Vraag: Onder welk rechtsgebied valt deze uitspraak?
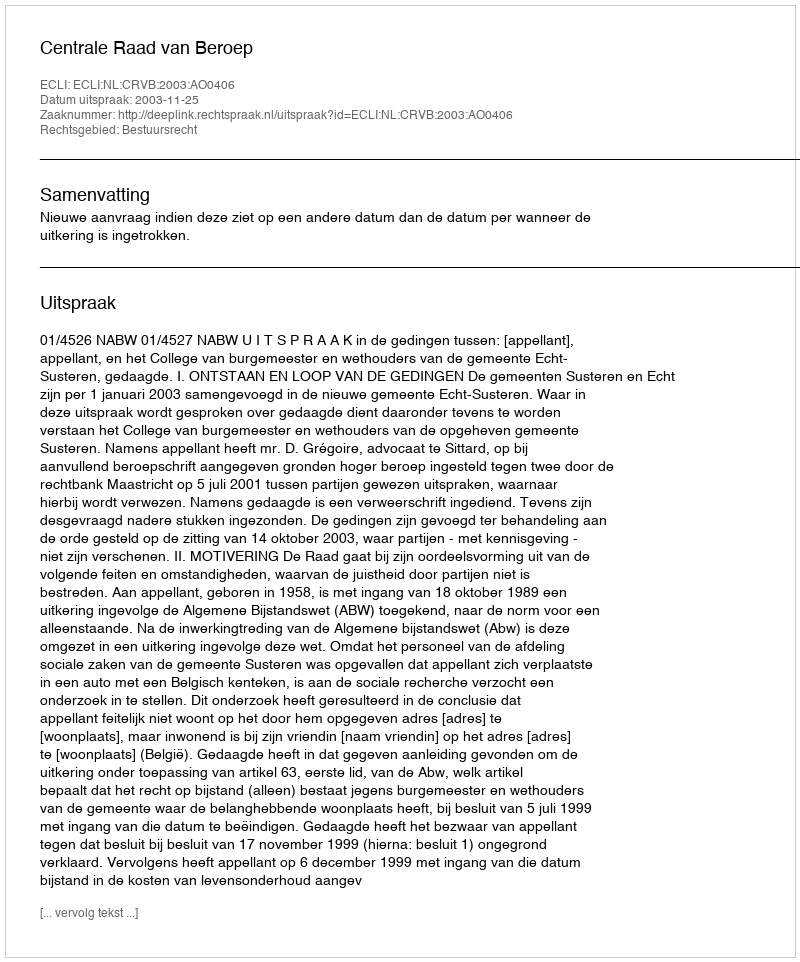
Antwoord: Bestuursrecht